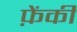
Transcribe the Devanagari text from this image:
फ़ेंकी